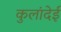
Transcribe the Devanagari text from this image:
कुलांदेई